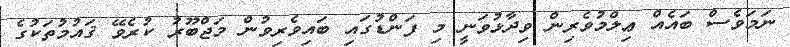
ނަމަވެސް ބައެއް ޢިލްމުވެރިން ވިދާޅުވަނީ މި ފަންޑުގައި ބައިވެރިވުން މަޖްބޫރު ކުރެވޭ ޤައުމުތަކުގެ